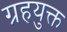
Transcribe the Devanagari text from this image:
ग्रहयुक्त